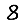
Digit: 8